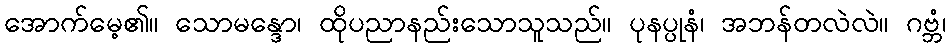
အောက်မေ့၏။ သောမန္ဒော၊ ထိုပညာနည်းသောသူသည်။ ပုနပ္ပုနံ၊ အဘန်တလဲလဲ။ ဂဗ္ဘံ၊